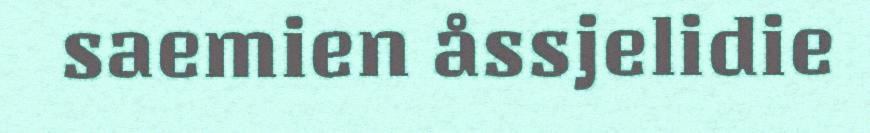
saemien åssjelidie